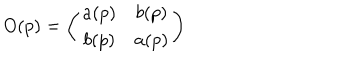
LaTeX: O ( p ) = \left( \begin{matrix} { { a ( p ) } } & { { b ( p ) } } \\ { { b ( p ) } } & { { a ( p ) } } \\ \end{matrix} \right)